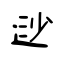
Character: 逤